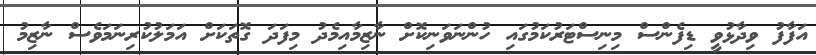
އަފާފު ވިދާޅުވީ ޑިފެންސް މިނިސްޓަރުކަމުގައި ހުންނަވަނިކޮށް ނާޒިމާއިމެދު މިފަދަ ގޮތަކަށް އަމަލުކުރިނަމަވެސް ނާޒިމު